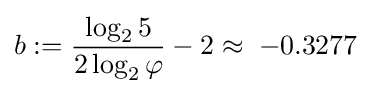
b:={\frac {\log _{2}5}{2\log _{2}\varphi }}-2\approx \;-0.3277